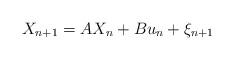
LaTeX: \begin{align*}X_{n+1} = AX_{n} + Bu_n + \xi_{n+1}\end{align*}